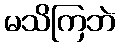
မသိကြဘဲ